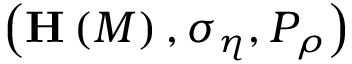
\left( \mathbf { H } \left( M \right) , \sigma _ { \eta } , P _ { \rho } \right)